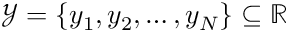
\mathcal { Y } = \left\{ y _ { 1 } , y _ { 2 } , \dotsc , y _ { N } \right\} \subseteq \mathbb { R }